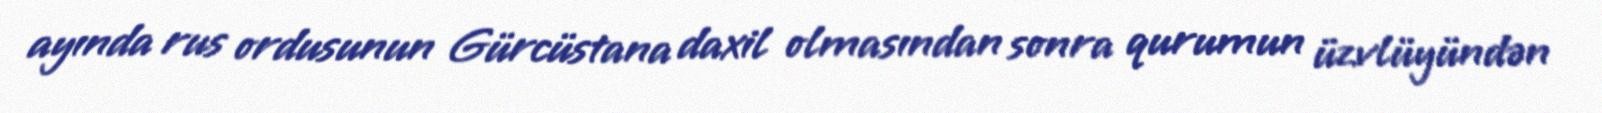
ayında rus ordusunun Gürcüstana daxil olmasından sonra qurumun üzvlüyündən